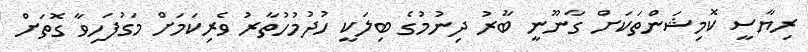
ރިޔާސީ ކޮމިޝަންތަކަށް ގާނޫނީ ބާރު ދިނުމުގެ ބިލަކީ ހުދުމުހުތާރު ވެރިކަމަށް މަގުފަަހިވާ ގޮތަށް